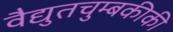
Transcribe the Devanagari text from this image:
वैद्युतचुम्बकीकी